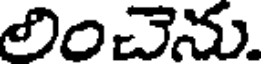
లించెను.